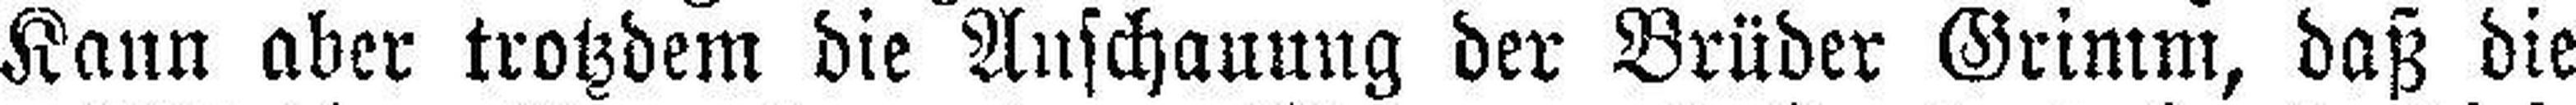
Kann aber trotzdem die Anschauung der Brüder Grimm, daß die